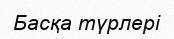
Басқа түрлері